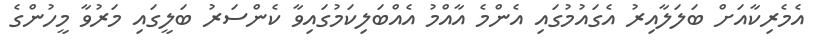
އެމެރިކާއަށް ބަލަލާއިރު އެގައުމުގައި އެންމެ އާއްމު އެއްބަލިކަމުގައިވާ ކެންސަރު ބަލީގައި މަރުވާ މީހުންގެ